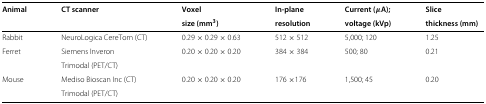
<table><thead><tr><td><b>Animal</b></td><td><b>CT scanner</b></td><td><b>Voxel</b></td><td><b>In-plane</b></td><td><b>Current (<i>μ</i>A),</b></td><td><b>Slice</b></td></tr><tr><td><b> </b></td><td><b> </b></td><td><b>size (mm<sup>3</sup>)</b></td><td><b>resolution</b></td><td><b>voltage (kVp)</b></td><td><b>thickness (mm)</b></td></tr></thead><tbody><tr><td>Rabbit</td><td>NeuroLogica CereTom (CT)</td><td>0.29 × 0.29 × 0.63</td><td>512 × 512</td><td>5,000, 120</td><td>1.25</td></tr><tr><td>Ferret</td><td>Siemens Inveron</td><td>0.20 × 0.20 × 0.20</td><td>384 × 384</td><td>500, 80</td><td>0.21</td></tr><tr><td> </td><td>Trimodal (PET/CT)</td><td> </td><td> </td><td> </td><td> </td></tr><tr><td>Mouse</td><td>Mediso Bioscan Inc (CT)</td><td>0.20 × 0.20 × 0.20</td><td>176 ×176</td><td>1,500, 45</td><td>0.20</td></tr><tr><td> </td><td>Trimodal (PET/CT)</td><td> </td><td> </td><td> </td><td> </td></tr></tbody></table>